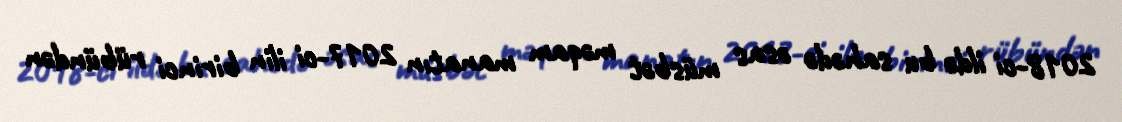
2018-ci ildə bu sahədə əsas müsbət məqam manatın 2017-ci ilin birinci rübündən